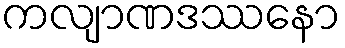
ကလျာဏဒဿနော